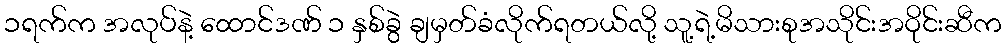
၁ရက်က အလုပ်နဲ့ ထောင်ဒဏ် ၁ နှစ်ခွဲ ချမှတ်ခံလိုက်ရတယ်လို့ သူ့ရဲ့မိသားစုအသိုင်းအဝိုင်းဆီက